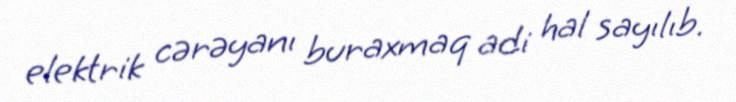
elektrik cərəyanı buraxmaq adi hal sayılıb.